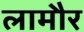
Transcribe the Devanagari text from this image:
लामौर